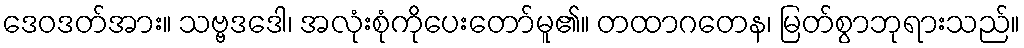
ဒေဝဒတ်အား။ သဗ္ဗဒဒေါ၊ အလုံးစုံကိုပေးတော်မူ၏။ တထာဂတေန၊ မြတ်စွာဘုရားသည်။